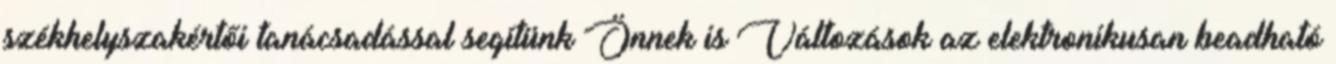
székhelyszakértői tanácsadással segítünk Önnek is Változások az elektronikusan beadható